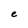
Character: e